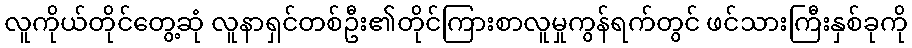
လူကိုယ်တိုင်တွေ့ဆုံ လူနာရှင်တစ်ဦး၏တိုင်ကြားစာလူမှုကွန်ရက်တွင် ဖင်သားကြီးနှစ်ခုကို